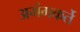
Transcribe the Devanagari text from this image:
अभंगकर्ते